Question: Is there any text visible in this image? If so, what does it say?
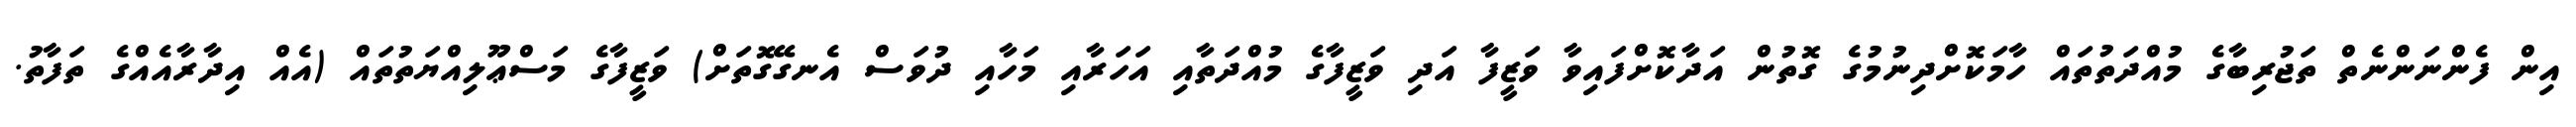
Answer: އިން ފެންނަންނެތް ތަޖުރިބާގެ މުއްދަތުތައް ހާމަކޮށްދިނުމުގެ ގޮތުން އަދާކޮށްފައިވާ ވަޒީފާ އަދި ވަޒީފާގެ މުއްދަތާއި އަހަރާއި މަހާއި ދުވަސް އެނގޭގޮތަށް) ވަޒީފާގެ މަސްޢޫލިއްޔަތުތައް (އެއް އިދާރާއެއްގެ ތަފާތު.